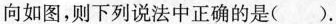
向如图，则下列说法中正确的是( )。